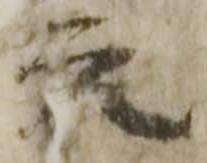
元